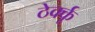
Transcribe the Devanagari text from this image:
ठेर्क्कू